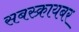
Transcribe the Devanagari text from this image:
सबस्क्रायबर